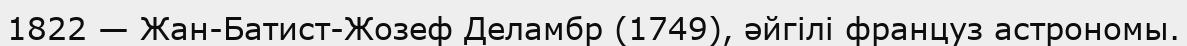
1822 — Жан-Батист-Жозеф Деламбр (1749), әйгілі француз астрономы.